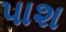
પાશ